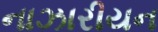
નાઝારીયન